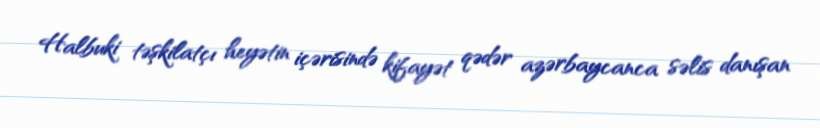
Halbuki təşkilatçı heyətin içərisində kifayət qədər azərbaycanca səlis danışan